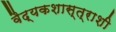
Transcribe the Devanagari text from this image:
वैद्यकशास्त्राशी